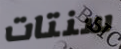
سنتات